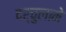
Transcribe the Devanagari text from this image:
दर्चुलामे